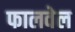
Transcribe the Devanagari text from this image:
फालवेल